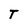
Character: T